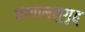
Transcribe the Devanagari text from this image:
छायामनुगृह्